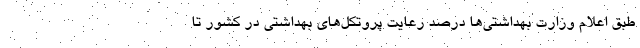
طبق اعلام وزارت بهداشتی‌ها درصد رعایت پروتکل‌های بهداشتی در کشور تا